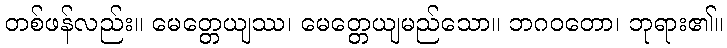
တစ်ဖန်လည်း။ မေတ္တေယျဿ၊ မေတ္တေယျမည်သော။ ဘဂဝတော၊ ဘုရား၏။